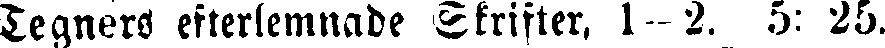
Tegnérs eflerlemnade Skrifter, 1–2. 5: 25.